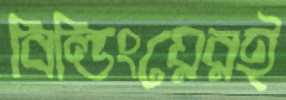
বিল্ডিংয়েরই